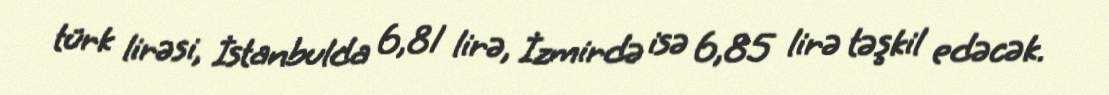
türk lirəsi, İstanbulda 6,81 lirə, İzmirdə isə 6,85 lirə təşkil edəcək.